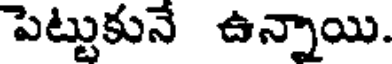
పెట్టుకునే ఉన్నాయి.